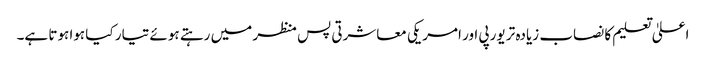
اعلیٰ تعلیم کا نصاب زیادہ تر یورپی اور امریکی معاشرتی پس منظر میں رہتے ہوئے تیار کیا ہوا ہوتا ہے۔